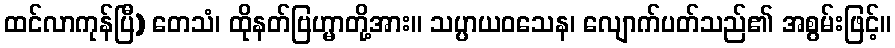
ထင်လာကုန်ပြီ) တေသံ၊ ထိုနတ်ဗြဟ္မာတို့အား။ သပ္ပာယဝသေန၊ လျောက်ပတ်သည်၏ အစွမ်းဖြင့်။